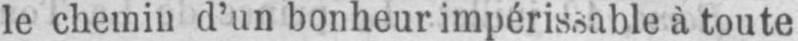
le chemin d’un bonheur impérissable à toute